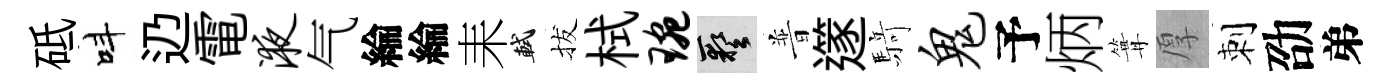
砥呌辸電液气綸綸耒軾拔栻琬藝普𨗹𮪍鬼予炳篝厚刺劭弟